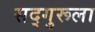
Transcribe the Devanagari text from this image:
सद्‌गुरूला